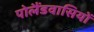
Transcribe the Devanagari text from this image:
पोलैंडवासियों